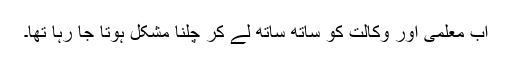
اب معلمی اور وکالت کو ساتھ ساتھ لے کر چلنا مشکل ہوتا جا رہا تھا۔